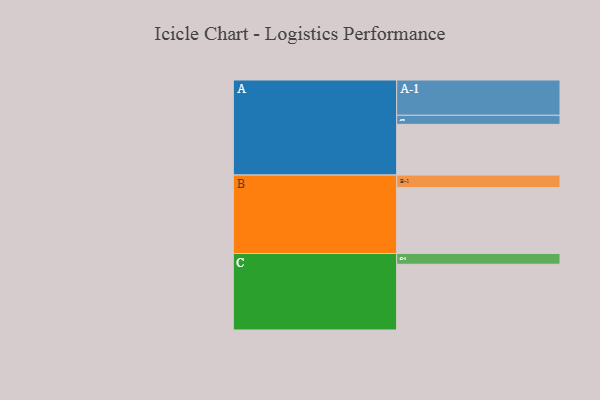
{"axis": {"x": "Segment", "y": "Value"}, "legend": ["", "A", "B", "C"], "data": [{"x": "A", "y": 391, "type": ""}, {"x": "B", "y": 508, "type": ""}, {"x": "C", "y": 507, "type": ""}, {"x": "A-1", "y": 272, "type": "A"}, {"x": "A-2", "y": 70, "type": "A"}, {"x": "B-1", "y": 97, "type": "B"}, {"x": "C-1", "y": 83, "type": "C"}]}